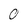
Character: 0